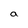
Character: a